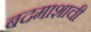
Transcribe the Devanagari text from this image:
बदमाशाची